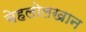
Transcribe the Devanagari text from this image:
बेहलोलखान